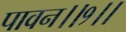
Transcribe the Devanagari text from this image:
पावन।।१।।